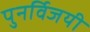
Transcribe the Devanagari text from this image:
पुनर्विजयी